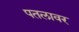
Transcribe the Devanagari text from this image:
पतलावर